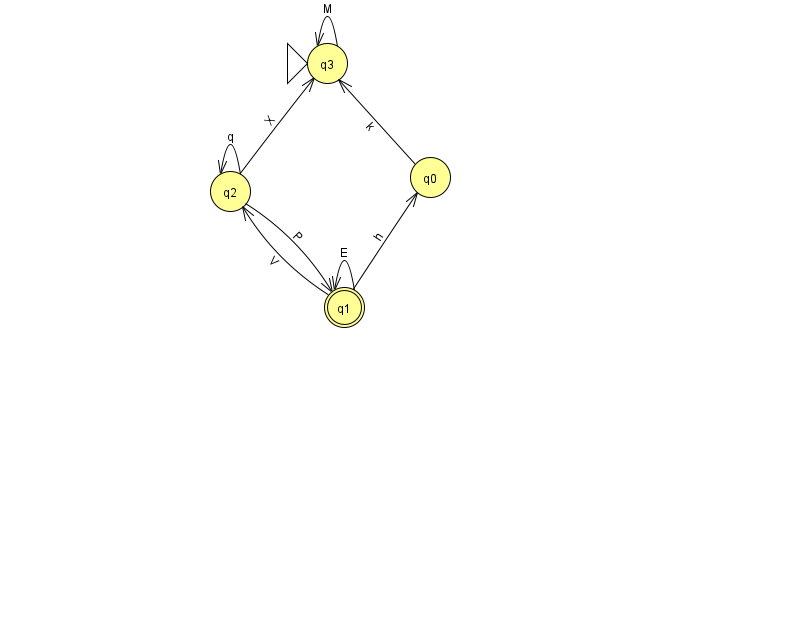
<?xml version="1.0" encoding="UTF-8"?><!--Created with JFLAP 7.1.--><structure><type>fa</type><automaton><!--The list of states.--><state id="0" name="q0"><x>430.0</x><y>164.0</y></state><state id="1" name="q1"><x>344.0</x><y>294.0</y><final/></state><state id="2" name="q2"><x>230.0</x><y>178.0</y></state><state id="3" name="q3"><x>327.0</x><y>50.0</y><initial/></state><!--The list of transitions.--><transition><from>2</from><to>2</to><read>q</read></transition><transition><from>0</from><to>3</to><read>k</read></transition><transition><from>1</from><to>0</to><read>h</read></transition><transition><from>2</from><to>3</to><read>X</read></transition><transition><from>1</from><to>1</to><read>E</read></transition><transition><from>2</from><to>1</to><read>P</read></transition><transition><from>3</from><to>3</to><read>M</read></transition><transition><from>1</from><to>2</to><read>V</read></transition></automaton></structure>